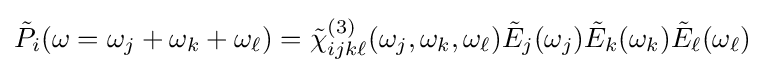
{\tilde {P}}_{i}(\omega =\omega _{j}+\omega _{k}+\omega _{\ell })={\tilde {\chi }}_{ijk\ell }^{(3)}(\omega _{j},\omega _{k},\omega _{\ell }){\tilde {E}}_{j}(\omega _{j}){\tilde {E}}_{k}(\omega _{k}){\tilde {E}}_{\ell }(\omega _{\ell })